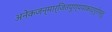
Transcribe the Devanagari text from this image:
अनेकजन्मार्जितपुण्यपाकाद्गुरोस्तु